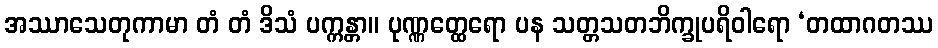
အဿာသေတုကာမာ တံ တံ ဒိသံ ပက္ကန္တာ။ ပုဏ္ဏတ္ထေရော ပန သတ္တသတဘိက္ခုပရိဝါရော ‘တထာဂတဿ